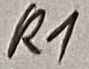
Text: R1